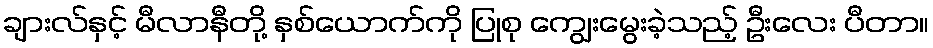
ချားလ်နှင့် မီလာနီတို့ နှစ်ယောက်ကို ပြုစု ကျွေးမွေးခဲ့သည့် ဦးလေး ပီတာ။